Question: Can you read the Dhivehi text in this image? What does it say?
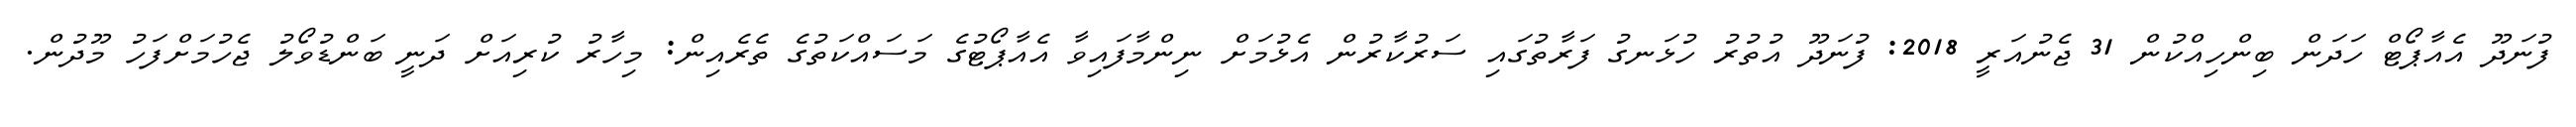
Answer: ފުނަދޫ އެއާޕޯޓް ހަދަން ބިންހިއްކުން 31 ޖެނުއަރީ 2018: ފުނަދޫ އުތުރު ހުޅަނގު ފަރާތުގައި ސަރުކާރުން އެޅުމަށް ނިންމާފައިވާ އެއާޕޯޓުގެ މަސައްކަތުގެ ތެރެއިން: މިހާރު ކުރިއަށް ދަނީ ބަންޑުވޯލު ޖެހުމަށްފަހު މޫދުން.